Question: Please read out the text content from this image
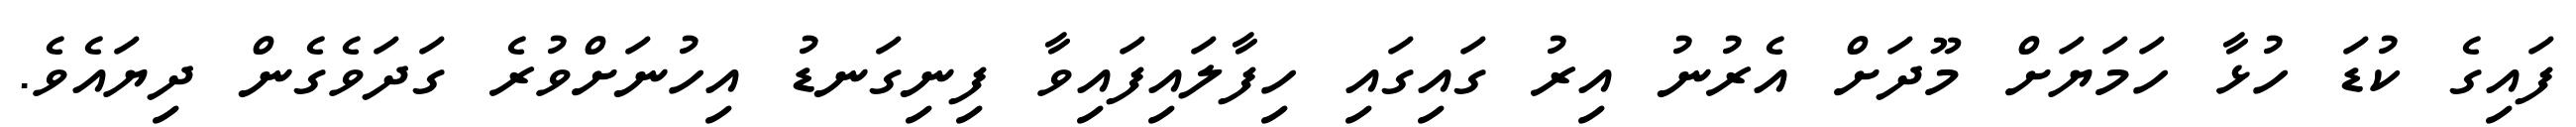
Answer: ފައިގެ ކުޑަ ހުޅާ ހަމަޔަށް މޫދަށް އެރުނު އިރު ގައިގައި ހިފާލައިފައިވާ ފިނިގަނޑު އިހުނަށްވުރެ ގަދަވެގެން ދިޔައެވެ.